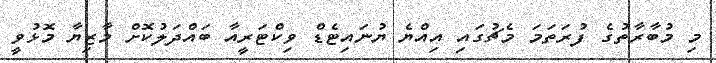
މި މުބާރާތުގެ ފުރަތަމަ މެޗުގައި އިއްޔެ ޔުނައިޓެޑް ވިކްޓަރީއާ ބައްދަލުކޮށް މާޒިޔާ މޮޅުވީ